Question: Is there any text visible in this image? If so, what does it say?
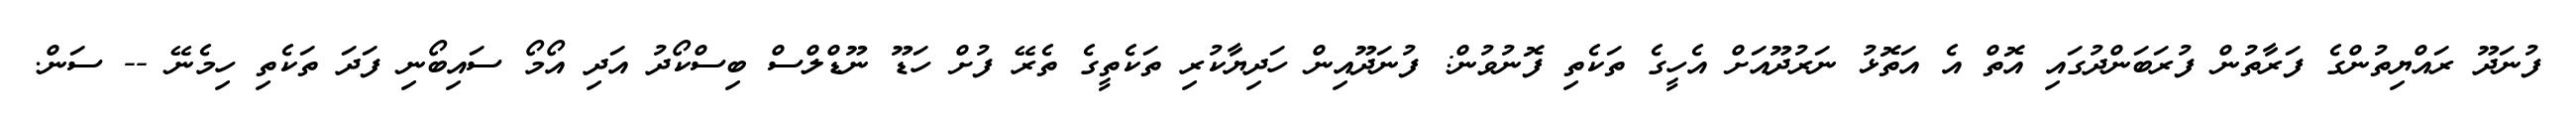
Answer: ފުނަދޫ ރައްޔިތުންގެ ފަރާތުން ފުރަބަންދުގައި އޮތް އެ އަތޮޅު ނަރުދޫއަށް އެހީގެ ތަކެތި ފޮނުވުން: ފުނަދޫއިން ހަދިޔާކުރި ތަކެތީގެ ތެރޭ ފުށް ހަޑޫ ނޫޑްލްސް ބިސްކޯދު އަދި އޯމޯ ސައިބޯނި ފަދަ ތަކެތި ހިމެނޭ -- ސަން.